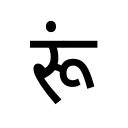
OCR:
रूं